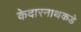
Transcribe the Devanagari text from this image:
केदारनाथकडे